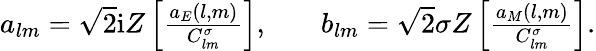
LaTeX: \begin{array}{rlr}{a_{lm}=\sqrt{2}\mathrm{i}Z\left[\frac{a_{E}(l,m)}{C_{lm}^{\sigma}}\right],}&{{}}&{b_{lm}=\sqrt{2}\sigma Z\left[\frac{a_{M}(l,m)}{C_{lm}^{\sigma}}\right].}\end{array}